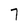
Character: 7